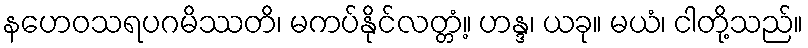
နဟေဝသရပဂမိဿတိ၊ မကပ်နိုင်လတ္တံ့။ ဟန္ဒ၊ ယခု။ မယံ၊ ငါတို့သည်။